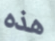
هذه